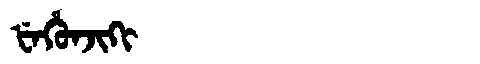
Manchu: ᡶᡝᡥᡠᠨᠵᡳᡴᡳ
Romanization: FEHUNJIKI